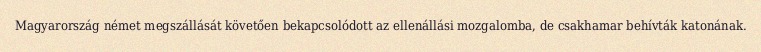
Magyarország német megszállását követően bekapcsolódott az ellenállási mozgalomba, de csakhamar behívták katonának.